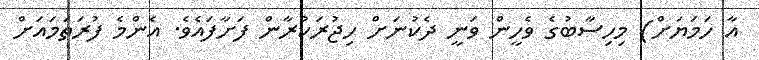
އާ ހަމަޔަށް) މިހިސާބުގެ ވެހީން ވަނީ ދެކުނަށް ހިޖުރަކުރާން ފަށާފައެވެ. އެންމެ ފުރަތަމައަށް